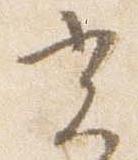
光